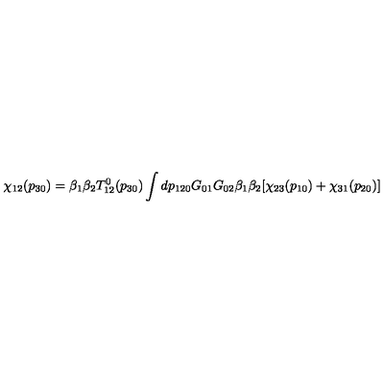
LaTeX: \chi _ { 1 2 } ( p _ { 3 0 } ) = \beta _ { 1 } \beta _ { 2 } T _ { 1 2 } ^ { 0 } ( p _ { 3 0 } ) \int d p _ { 1 2 0 } G _ { 0 1 } G _ { 0 2 } \beta _ { 1 } \beta _ { 2 } [ \chi _ { 2 3 } ( p _ { 1 0 } ) + \chi _ { 3 1 } ( p _ { 2 0 } ) ]